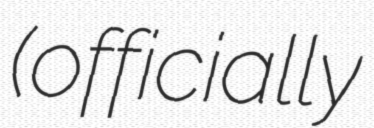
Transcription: (officially